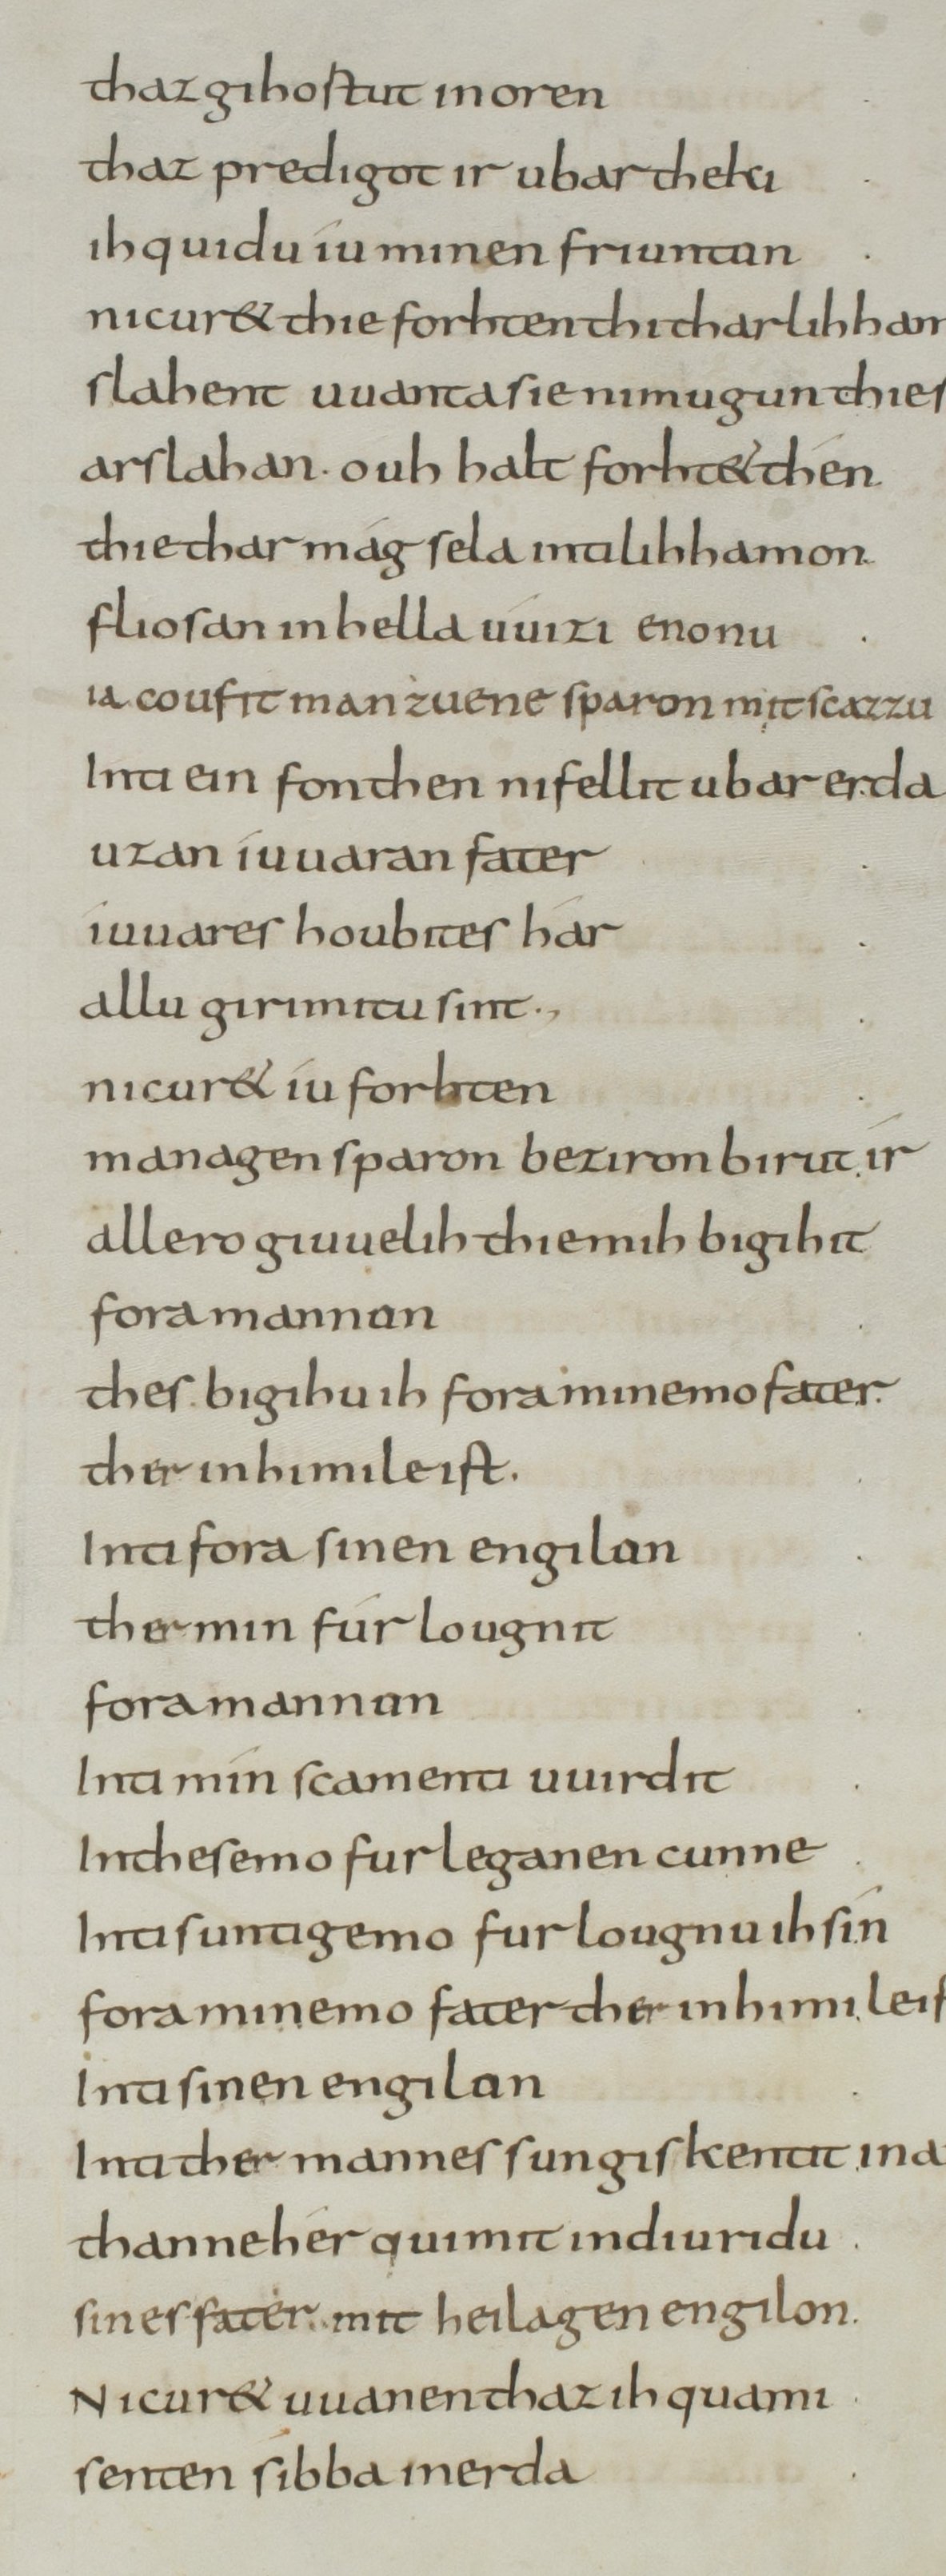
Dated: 800–849